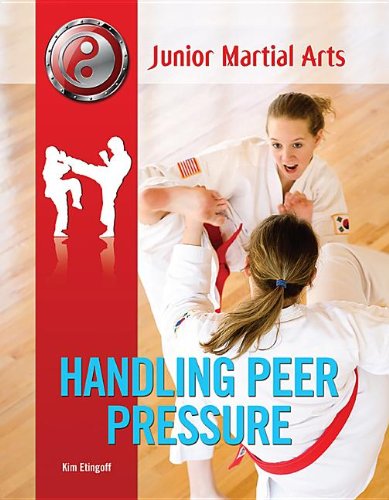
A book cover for Handling Peer Pressure (Junior Martial Arts); Kim Etingoff; Teen & Young Adult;